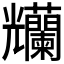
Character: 𠓚